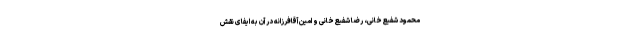
محمود شفیع‌خانی، رضا شفیع‌خانی و امین آقافرزانه در آن به ایفای نقش